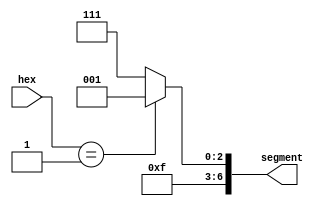
// This program was cloned from: https://github.com/tongplw/HW-Syn-Lab
// License: MIT License

`timescale 1ns / 1ns
//////////////////////////////////////////////////////////////////////////////////
// Company: 
// Engineer: 
// 
// Design Name: 
// Module Name: unaryTo7Segment
// Project Name: 
// Target Devices: 
// Tool Versions: 
// Description: 
// 
// Dependencies: 
// 
// Revision:
// Revision 0.01 - File Created
// Additional Comments:
// 
//////////////////////////////////////////////////////////////////////////////////


module unaryTo7Segment(
    output reg [6:0] segment,
    input [3:0] hex
    );
    
// 7-segment encoding
//      0
//     ---
//  5 |   | 1
//     --- <--6
//  4 |   | 2
//     ---
//      3

   always @(hex)
      case (hex)
          4'b0001 : segment = 7'b1111001;   // 1
//          4'b0010 : segment = 7'b0100100;   // 2
//          4'b0011 : segment = 7'b0110000;   // 3
//          4'b0100 : segment = 7'b0011001;   // 4
//          4'b0101 : segment = 7'b0010010;   // 5
//          4'b0110 : segment = 7'b0000010;   // 6
//          4'b0111 : segment = 7'b1111000;   // 7
//          4'b1000 : segment = 7'b0000000;   // 8
//          4'b1001 : segment = 7'b0010000;   // 9
//          4'b1010 : segment = 7'b0001000;   // A
//          4'b1011 : segment = 7'b0000011;   // b
//          4'b1100 : segment = 7'b1000110;   // C
//          4'b1101 : segment = 7'b0100001;   // d
//          4'b1110 : segment = 7'b0000110;   // E
//          4'b1111 : segment = 7'b0001110;   // F
          default : segment = 7'b1111111;   // 0
      endcase
   
endmodule